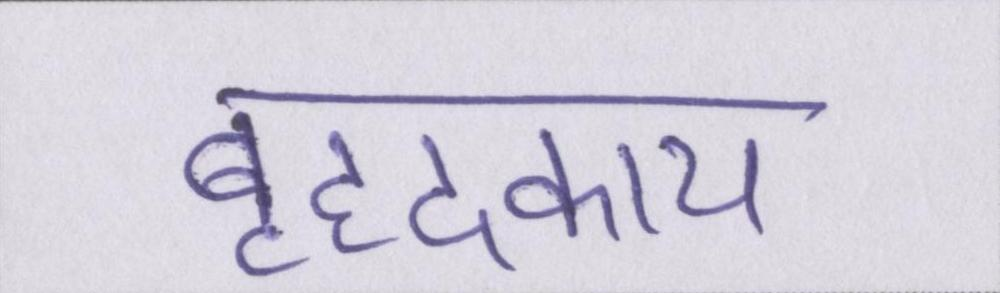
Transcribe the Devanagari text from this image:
बृहदकाय